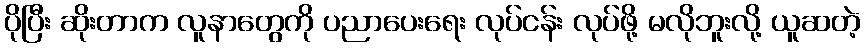
ပိုပြီး ဆိုးတာက လူနာတွေကို ပညာပေးရေး လုပ်ငန်း လုပ်ဖို့ မလိုဘူးလို့ ယူဆတဲ့